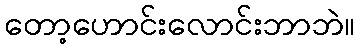
တော့ဟောင်းလောင်းဘာဘဲ။